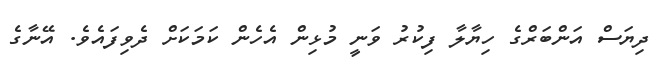
ދިޔަސް އަންބަރްގެ ހިޔާލާ ފިކުރު ވަނީ މުޅިން އެހެން ކަމަކަށް ދެވިފައެވެ. އޭނާގެ